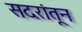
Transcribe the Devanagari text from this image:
सदरांतून